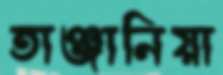
তাঞ্জানিয়া